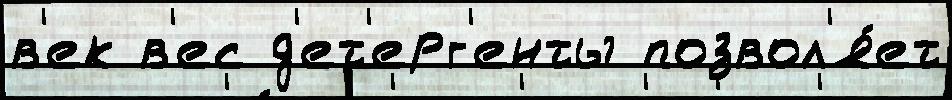
в'ек в'ес д'ет'ерг'енты позвол'я́ет